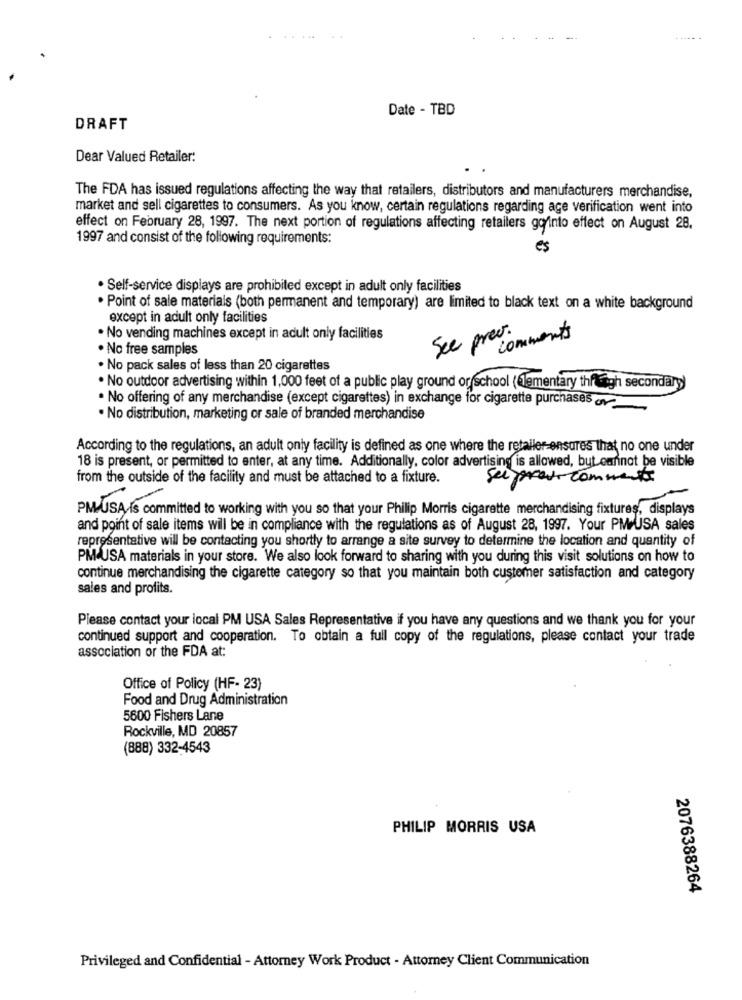
. .
Date - TBD
DRAFT
Dear Valued Retailer:
The FDA has issued regulations affecting the way that retailers, distributors and manufacturers merchandise,
market and sell cigarettes to consumers. As you know, certain regulations regarding age verification went into
effect on February 28, 1997. The next portion of regulations affecting retailers gorinto effect on August 28.
1997 and consist of the following requirements:
es
· Self-service displays are prohibited except in adult only facilities
. Point of sale materials (both permanent and temporary) are limited to black text on a white background
except in adult only facilities
. No vending machines except in adult only facilities
See prev.
comments
. No free samples
. No pack sales of less than 20 cigarettes
No outdoor advertising within 1,000 feet of a public play ground or school (lementary thigh secondary)
. No offering of any merchandise (except cigarettes) in exchange for cigarette purchases
. No distribution, marketing or sale of branded merchandise
According to the regulations, an adult only facility is defined as one where the retailer-ensures that no one under
18 is present, or permitted to enter, at any time. Additionally, color advertising is allowed, but cannot be visible
from the outside of the facility and must be attached to a fixture.
sei provo commento
PM-USA Is committed to working with you so that your Philip Morris cigarette merchandising fixtures, displays
and point of sale items will be in compliance with the regulations as of August 28, 1997. Your PM USA sales
representative will be contacting you shortly to arrange a site survey to determine the location and quantity of
PMAUSA materials in your store. We also look forward to sharing with you during this visit solutions on how to
continue merchandising the cigarette category so that you maintain both customer satisfaction and category
sales and profits.
Please contact your local PM USA Sales Representative if you have any questions and we thank you for your
continued support and cooperation. To obtain a full copy of the regulations, please contact your trade
association or the FDA at:
Office of Policy (HF- 23)
Food and Drug Administration
5600 Fishers Lane
Rockville, MD 20857
(888) 332-4543
PHILIP MORRIS USA
2076388264
Privileged and Confidential - Attorney Work Product - Attorney Client Communication